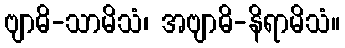
ဗျာဓိ-သာမိသံ၊ အဗျာဓိ-နိရာမိသံ။